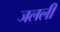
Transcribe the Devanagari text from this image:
जलली